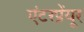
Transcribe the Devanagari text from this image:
एंटरप्रेंयूर